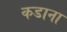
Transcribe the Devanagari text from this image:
कडाना